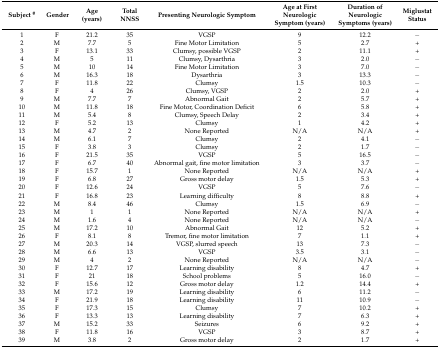
<table><thead><tr><td><b>Subject <sup>#</sup></b></td><td><b>Gender</b></td><td><b>Age (years)</b></td><td><b>Total NNSS</b></td><td><b>Presenting Neurologic Symptom</b></td><td><b>Age at First Neurologic Symptom (years)</b></td><td><b>Duration of Neurologic Symptoms (years)</b></td><td><b>Miglustat Status</b></td></tr></thead><tbody><tr><td>1</td><td>F</td><td>21.2</td><td>35</td><td>VGSP</td><td>9</td><td>12.2</td><td>−</td></tr><tr><td>2</td><td>M</td><td>7.7</td><td>5</td><td>Fine Motor Limitation</td><td>5</td><td>2.7</td><td>+</td></tr><tr><td>3</td><td>F</td><td>13.1</td><td>33</td><td>Clumsy, possible VGSP</td><td>2</td><td>11.1</td><td>+</td></tr><tr><td>4</td><td>M</td><td>5</td><td>11</td><td>Clumsy, Dysarthria</td><td>3</td><td>2.0</td><td>−</td></tr><tr><td>5</td><td>M</td><td>10</td><td>14</td><td>Fine Motor Limitation</td><td>3</td><td>7.0</td><td>−</td></tr><tr><td>6</td><td>M</td><td>16.3</td><td>18</td><td>Dysarthria</td><td>3</td><td>13.3</td><td>−</td></tr><tr><td>7</td><td>F</td><td>11.8</td><td>22</td><td>Clumsy</td><td>1.5</td><td>10.3</td><td>−</td></tr><tr><td>8</td><td>F</td><td>4</td><td>26</td><td>Clumsy, VGSP</td><td>2</td><td>2.0</td><td>+</td></tr><tr><td>9</td><td>M</td><td>7.7</td><td>7</td><td>Abnormal Gait</td><td>2</td><td>5.7</td><td>+</td></tr><tr><td>10</td><td>M</td><td>11.8</td><td>18</td><td>Fine Motor, Coordination Deficit</td><td>6</td><td>5.8</td><td>+</td></tr><tr><td>11</td><td>M</td><td>5.4</td><td>8</td><td>Clumsy, Speech Delay</td><td>2</td><td>3.4</td><td>+</td></tr><tr><td>12</td><td>F</td><td>5.2</td><td>13</td><td>Clumsy</td><td>1</td><td>4.2</td><td>+</td></tr><tr><td>13</td><td>M</td><td>4.7</td><td>2</td><td>None Reported</td><td>N/A</td><td>N/A</td><td>+</td></tr><tr><td>14</td><td>M</td><td>6.1</td><td>7</td><td>Clumsy</td><td>2</td><td>4.1</td><td>−</td></tr><tr><td>15</td><td>F</td><td>3.8</td><td>3</td><td>Clumsy</td><td>2</td><td>1.7</td><td>−</td></tr><tr><td>16</td><td>F</td><td>21.5</td><td>35</td><td>VGSP</td><td>5</td><td>16.5</td><td>−</td></tr><tr><td>17</td><td>F</td><td>6.7</td><td>40</td><td>Abnormal gait, fine motor limitation</td><td>3</td><td>3.7</td><td>−</td></tr><tr><td>18</td><td>F</td><td>15.7</td><td>1</td><td>None Reported</td><td>N/A</td><td>N/A</td><td>+</td></tr><tr><td>19</td><td>F</td><td>6.8</td><td>27</td><td>Gross motor delay</td><td>1.5</td><td>5.3</td><td>+</td></tr><tr><td>20</td><td>F</td><td>12.6</td><td>24</td><td>VGSP</td><td>5</td><td>7.6</td><td>−</td></tr><tr><td>21</td><td>F</td><td>16.8</td><td>23</td><td>Learning difficulty</td><td>8</td><td>8.8</td><td>+</td></tr><tr><td>22</td><td>M</td><td>8.4</td><td>46</td><td>Clumsy</td><td>1.5</td><td>6.9</td><td>−</td></tr><tr><td>23</td><td>M</td><td>1</td><td>1</td><td>None Reported</td><td>N/A</td><td>N/A</td><td>+</td></tr><tr><td>24</td><td>M</td><td>1.6</td><td>4</td><td>None Reported</td><td>N/A</td><td>N/A</td><td>−</td></tr><tr><td>25</td><td>M</td><td>17.2</td><td>10</td><td>Abnormal Gait</td><td>12</td><td>5.2</td><td>+</td></tr><tr><td>26</td><td>F</td><td>8.1</td><td>8</td><td>Tremor, fine motor limitation</td><td>7</td><td>1.1</td><td>+</td></tr><tr><td>27</td><td>M</td><td>20.3</td><td>14</td><td>VGSP, slurred speech</td><td>13</td><td>7.3</td><td>−</td></tr><tr><td>28</td><td>M</td><td>6.6</td><td>13</td><td>VGSP</td><td>3.5</td><td>3.1</td><td>−</td></tr><tr><td>29</td><td>M</td><td>4</td><td>2</td><td>None Reported</td><td>N/A</td><td>N/A</td><td>−</td></tr><tr><td>30</td><td>F</td><td>12.7</td><td>17</td><td>Learning disability</td><td>8</td><td>4.7</td><td>+</td></tr><tr><td>31</td><td>F</td><td>21</td><td>18</td><td>School problems</td><td>5</td><td>16.0</td><td>−</td></tr><tr><td>32</td><td>F</td><td>15.6</td><td>12</td><td>Gross motor delay</td><td>1.2</td><td>14.4</td><td>+</td></tr><tr><td>33</td><td>M</td><td>17.2</td><td>19</td><td>Learning disability</td><td>6</td><td>11.2</td><td>−</td></tr><tr><td>34</td><td>F</td><td>21.9</td><td>18</td><td>Learning disability</td><td>11</td><td>10.9</td><td>−</td></tr><tr><td>35</td><td>F</td><td>17.3</td><td>15</td><td>Clumsy</td><td>7</td><td>10.2</td><td>+</td></tr><tr><td>36</td><td>F</td><td>13.3</td><td>13</td><td>Learning disability</td><td>7</td><td>6.3</td><td>+</td></tr><tr><td>37</td><td>M</td><td>15.2</td><td>33</td><td>Seizures</td><td>6</td><td>9.2</td><td>+</td></tr><tr><td>38</td><td>F</td><td>11.8</td><td>16</td><td>VGSP</td><td>3</td><td>8.7</td><td>+</td></tr><tr><td>39</td><td>M</td><td>3.8</td><td>2</td><td>Gross motor delay</td><td>2</td><td>1.7</td><td>+</td></tr></tbody></table>